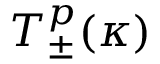
T _ { \pm } ^ { p } ( \kappa )